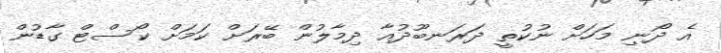
އެ ދޯނި މަހަށް ނުކުތީ ދަރަނބޫދުއާ ދިމާލުން ބޭރަށް ކަމަށް ކޯސްޓް ގާޑުން